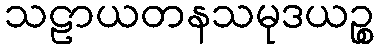
သဠာယတနသမုဒယဉ္စ